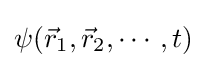
\psi ({\vec {r}}_{1},{\vec {r}}_{2},\cdots ,t)